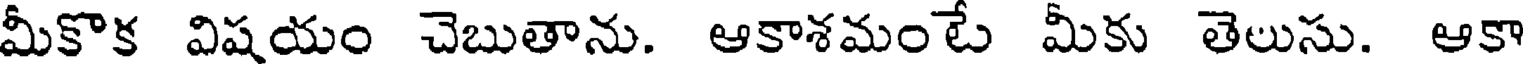
మీకొక విషయం చెబుతాను. ఆకాశమంటే మీకు తెలుసు. ఆకా